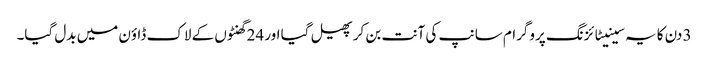
3 دن کا یہ سینیٹائزنگ پروگرام سانپ کی آنت بن کر پھیل گیا اور 24 گھنٹوں کے لاک ڈاؤن میں بدل گیا۔